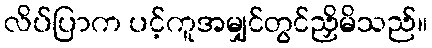
လိပ်ပြာက ပင့်ကူအမျှင်တွင်ညှိမိသည်။